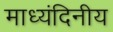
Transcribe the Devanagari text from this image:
माध्यंदिनीय